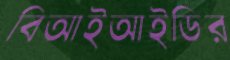
বিআইআইডির